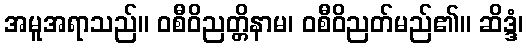
အမူအရာသည်။ ဝစီဝိညတ္တိနာမ၊ ဝစီဝိညတ်မည်၏။ ဆိဒ္ဒံ၊